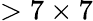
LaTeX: >7\times 7